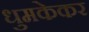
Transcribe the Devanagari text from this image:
धुमकेकर